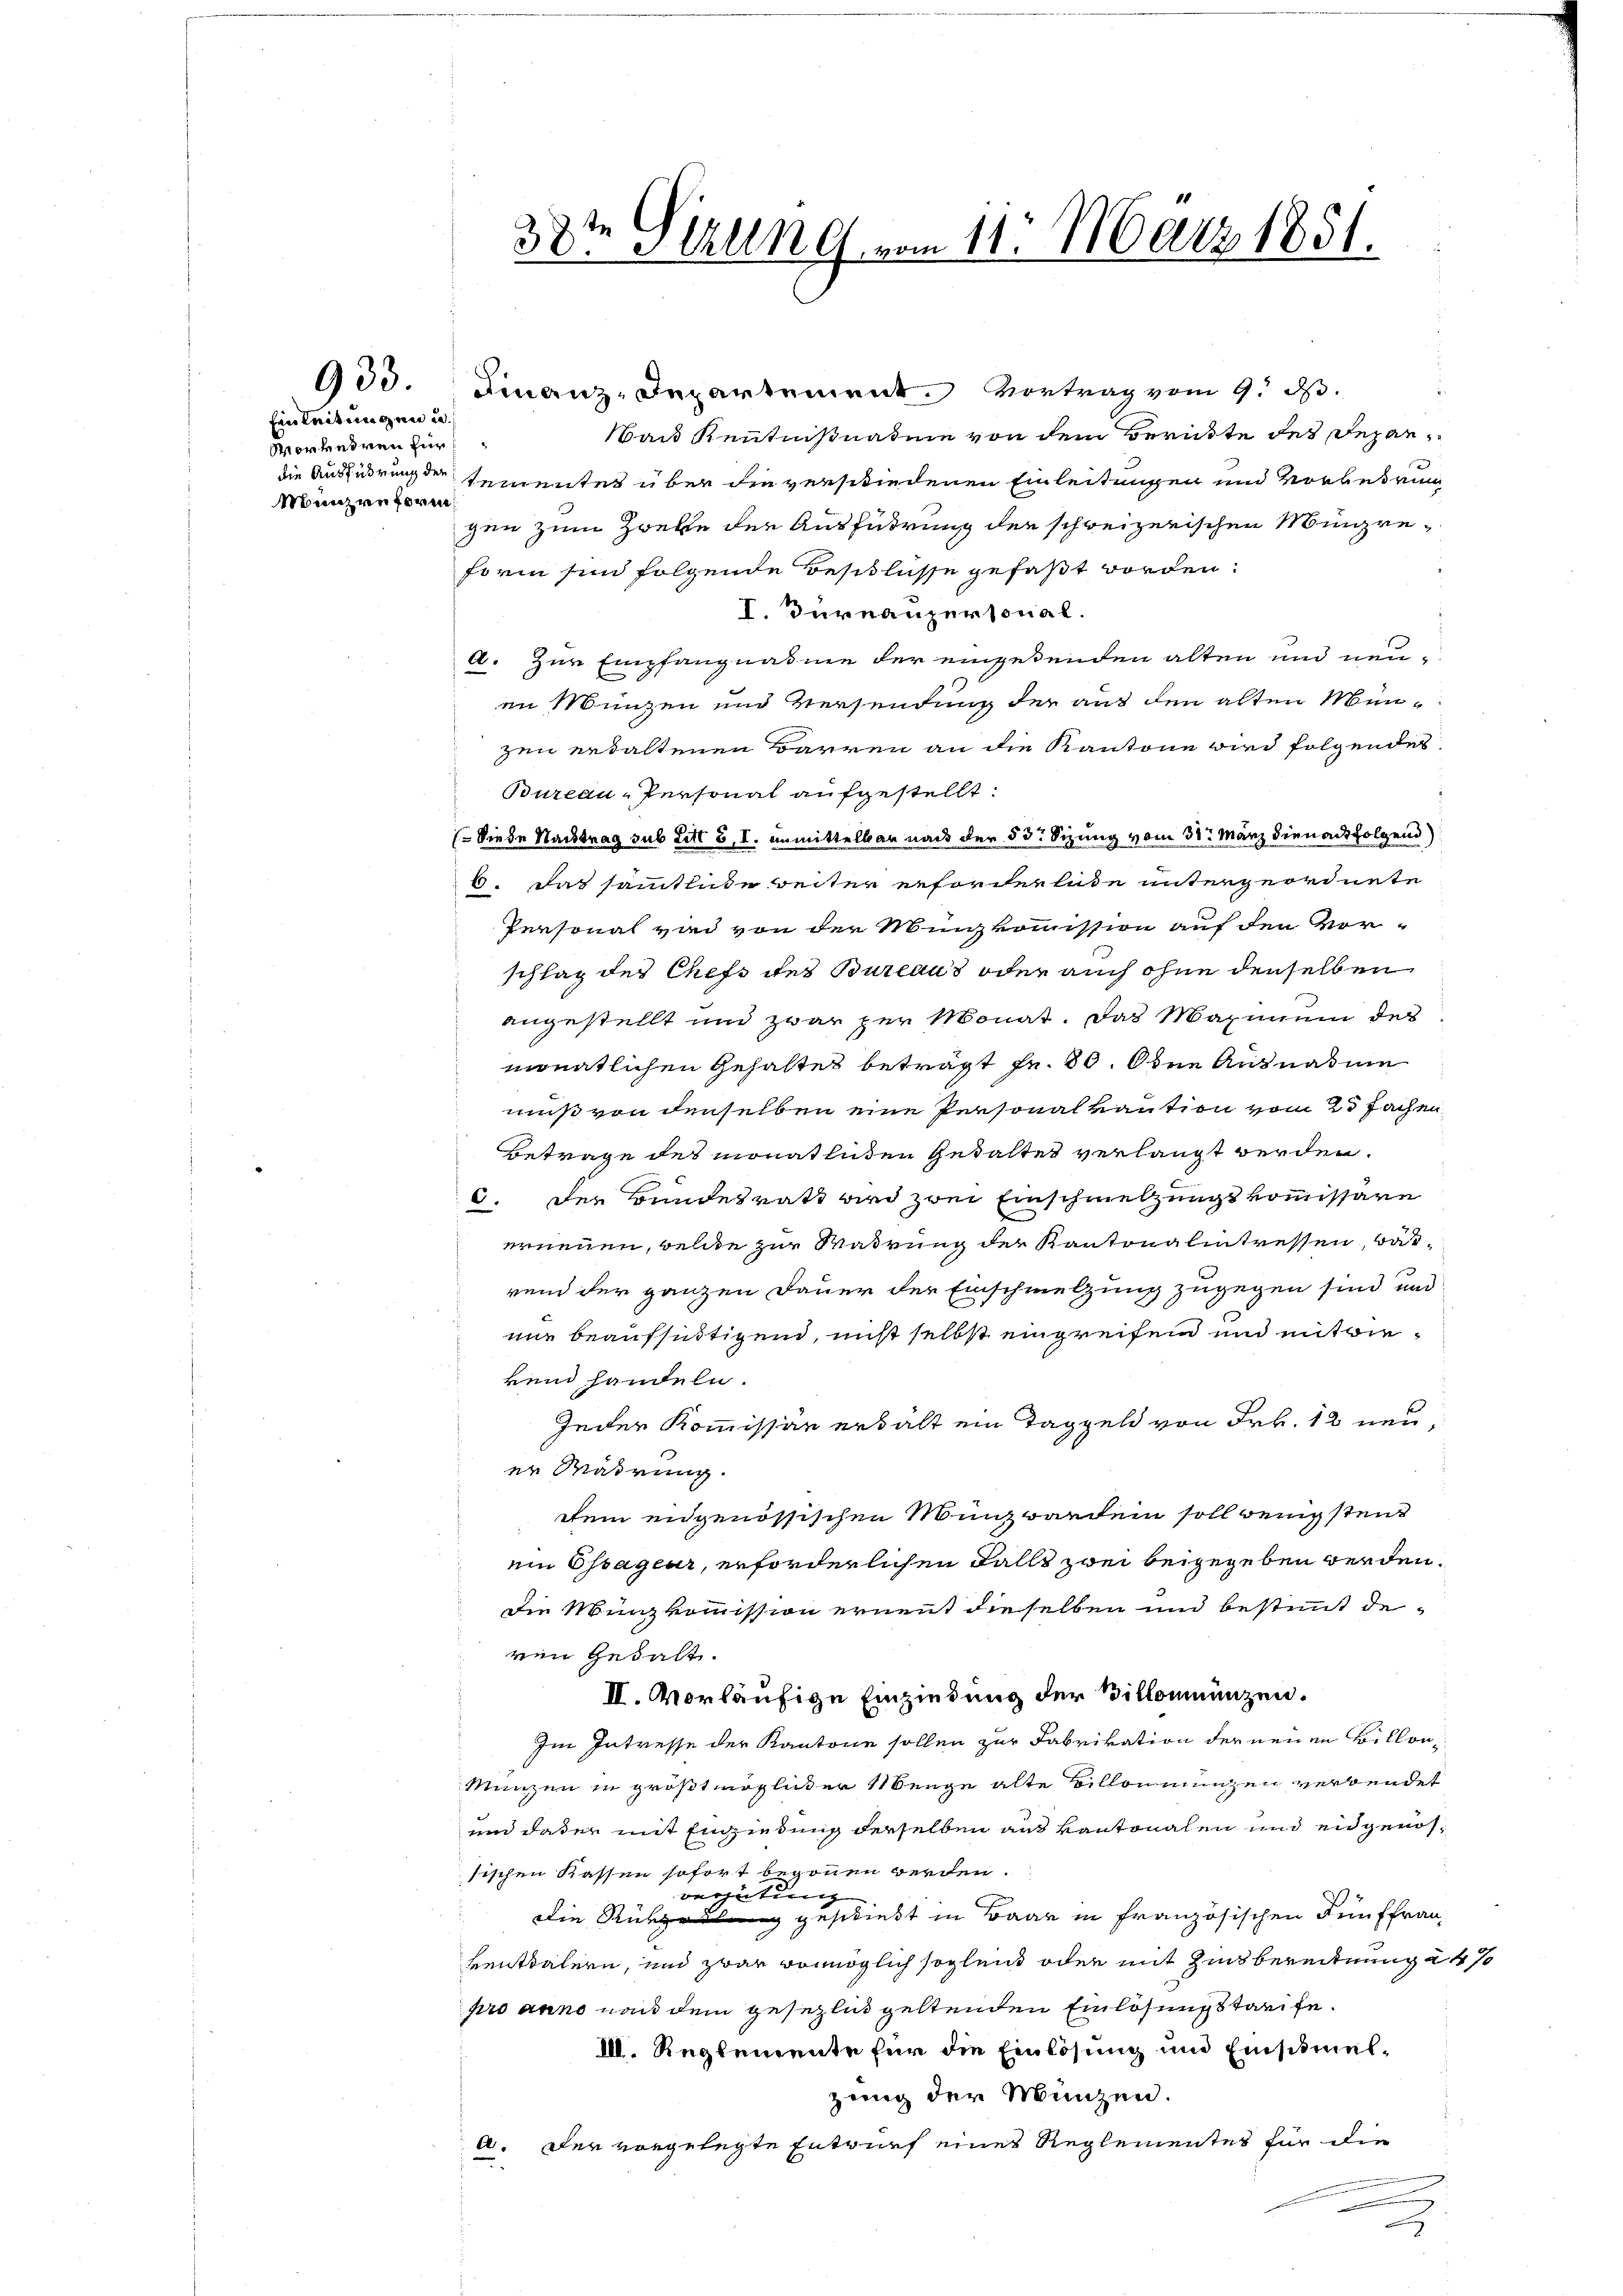
933.

Einleitungen und
Vorkehren für
Münzreforen

Finanz-Departement. Vortrag vom 9. d.
au Kenntnisnahme von dem Berükte des Depardie Ausführung der tementes über die verschiedenen Einleitungen und Vorberung
zen zum Zweife der Ausführung der schweizerischen Mine¬
Form sind folgende Besitlüsse gefaßt worden.
I. Turnaupersonal.
a. Zur Empfangnahme der eingetenden alten und neu-
in Münzen und Versendung der aus den alten Münzen erhaltenen Barren an die Kantone wird folgendes
Bureau-Personal aufgestellt:
Siede Nachtrag sub Litt 3, I. unmittelbar nach der § 3: Sizung vom 31. März dienachfolgend
6. Das samtliche weiter erforderende untergeordnete
Personal wird von der Münzkommission auf den Vor-
schlag des Chefs des Bureaus oder auch ohne denselben
angestellt und zwar per Monat. Das Maximum des
monatlichen Gehaltes beträgt Fr. 80. Ohne Ausnahme
muß von denselben eine Personalkaution vom 23 fachen
Betrage des monatluden Gedaltet verlangt werden.
. Der Bundesrath wird zwei Einschmelzungskommissäre
erneuen, welche zur Wahrung der Kantonalintressen, was
rend der ganzen Dauer der Einschmelzung zugegen sind und
nie beaufseitigend, nicht selbst eingreifen und mitwieken handeln.
Jeder Kommissär erhält ein Taggeld von Frk. 12 neuer Madrung.
dein engenössischen Münzbardein soll wenigstens
ein Essageur, erforderlichen Falls zwei beigegeben werden.
die Münzkommission ernennt dieselben und bestimmt de
ven Gehalt.
II. vorläufige Einziedung der Billonmünzen.
Im Intresse der Kantone sollen zur Fabrivation der neuen Billon
Münzen in größtmöglicher Menge alte Billonmunzen verwendet
und daher mit Einziedung derselben aus kantonalen und eidgenössischen Kassen sofort begonnen werden.
beutung
die Rückzug geschiebt in Baar in französischen Fünffrau,
kenttälern, und zwar vomöglich sogleich oder mit Zinsbereitung à 4%
pro anno nach dem gesezlich geltenden Einlösungstreife.
II. Reglemente für die Einlösung und Einsamelzung der Münzen.
a. Der vorgelegte Entwurf eines Reglementes für die

38te Sitzung vom 11. März 1851.